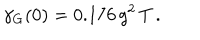
LaTeX: \gamma _ { \mathrm { G } } ( 0 ) = 0 . 1 7 6 \, g ^ { 2 } \, T \, .